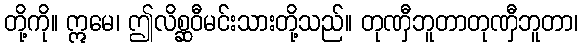
တို့ကို။ ဣမေ၊ ဤလိစ္ဆဝီမင်းသားတို့သည်။ တုဏှီဘူတာတုဏှီဘူတာ၊